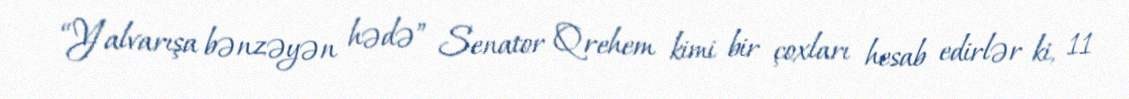
“Yalvarışa bənzəyən hədə” Senator Qrehem kimi bir çoxları hesab edirlər ki, 11